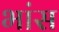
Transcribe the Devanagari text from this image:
भांस